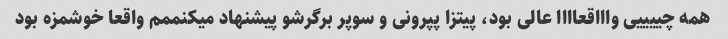
همه چییییی واااقعاااا عالی بود، پیتزا پپرونی و سوپر برگرشو پیشنهاد میکنممم واقعا خوشمزه بود